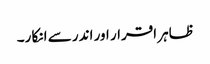
ظاہر اقرار اور اندر سے انکا ر۔